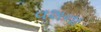
વશના